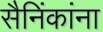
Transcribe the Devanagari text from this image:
सैनिंकांना